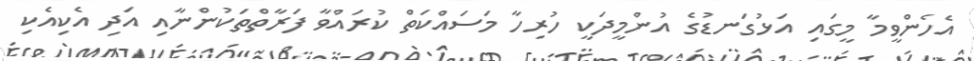
އެހެންވީމާ މީގައި އަޅުގަނޑުގެ އުންމީދަކީ ހުރިހާ މަސައްކަތް ކުރައްވާ ފަރާތްތަކުންނާއި އަދި އެކިއެކި